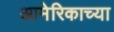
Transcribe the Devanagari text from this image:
आमेरिकाच्या